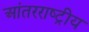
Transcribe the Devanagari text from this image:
आंतरराष्‍ट्रीय